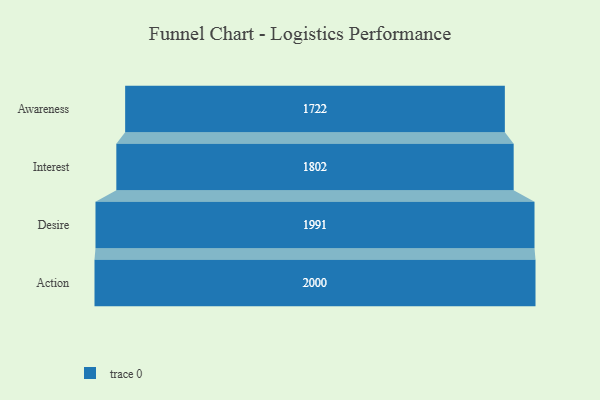
{"axis": {"x": "Stage", "y": "Value"}, "legend": [""], "data": [{"x": "Awareness", "y": 1722.0, "type": ""}, {"x": "Interest", "y": 1802.0, "type": ""}, {"x": "Desire", "y": 1991.0, "type": ""}, {"x": "Action", "y": 2000, "type": ""}]}